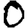
Digit: 0